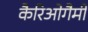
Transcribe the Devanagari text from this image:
कैरिओगैमी